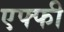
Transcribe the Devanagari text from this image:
एफ्फी